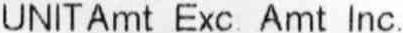
UNIT AMT EXC. AMT INC.